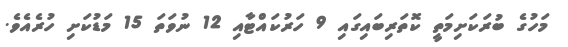
މަހުގެ ބުރަކަށިމަތީ ކޮތަރިބައިގައި 9 ހަރުކައްޓާއި 12 ނުވަތަ 15 މަޑުކަށި ހުރެއެވެ.